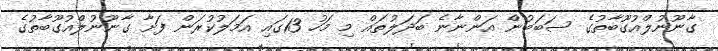
ގާނޫނުލްއުގޫބާތުގެ ސަބަބުން އަންނާނެ ބަދަލުތައް މި މަހު 13ގައި އަމަލުކުރަން ފަށާ ގާނޫނުލްއުގޫބާތުގެ